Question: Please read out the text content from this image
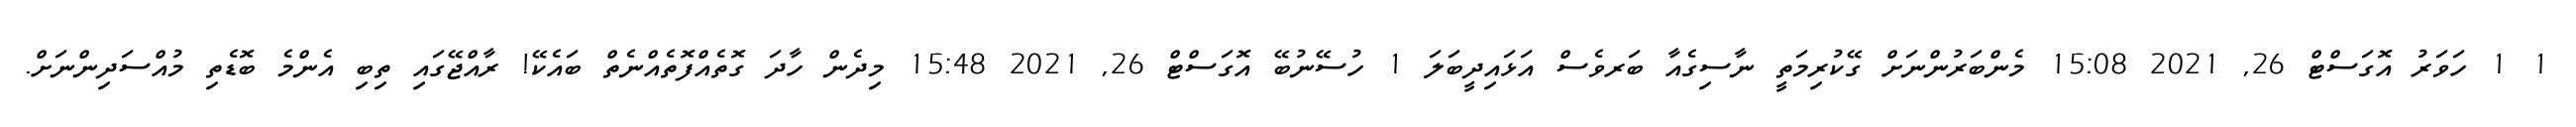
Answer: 1 1 ހަވަރު އޮގަސްޓް 26, 2021 15:08 މެންބަރުންނަށް ގޭކުރިމަތީ ނާސިގެއާ ބަރވެސް އަޅައިދީބަލަ 1 ހުސޭނުބޭ އޮގަސްޓް 26, 2021 15:48 މިދެން ހާދަ ގޮތެއްފޮތެއްނެތް ބައެކޭ! ރާއްޖޭގައި ތިބި އެންމެ ބޮޑެތި މުއްސަދިންނަށް.